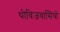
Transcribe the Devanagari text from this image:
थीविज़वासियों